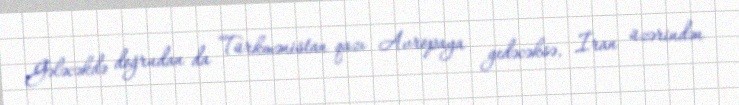
Gələcəkdə doğrudan da Türkmənistan qazı Avropaya gedəcəksə, İran üzərindən